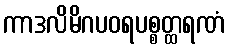
ကာဒလိမိဂပဝရပစ္စတ္ထရဏံ